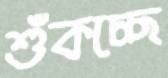
শুঁকচ্ছে